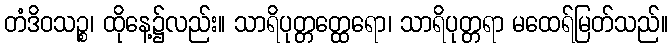
တံဒိဝသဉ္စ၊ ထိုနေ့၌လည်း။ သာရိပုတ္တတ္ထေရော၊ သာရိပုတ္တရာ မထေရ်မြတ်သည်။